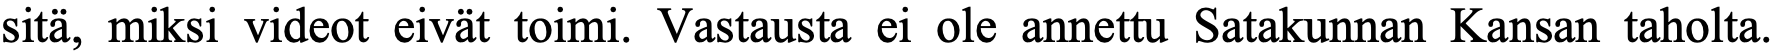
sitä, miksi videot eivät toimi. Vastausta ei ole annettu Satakunnan Kansan taholta.